Vaccine operations Central Provinces 1886-1899 - 1886-1899
Year: 1886
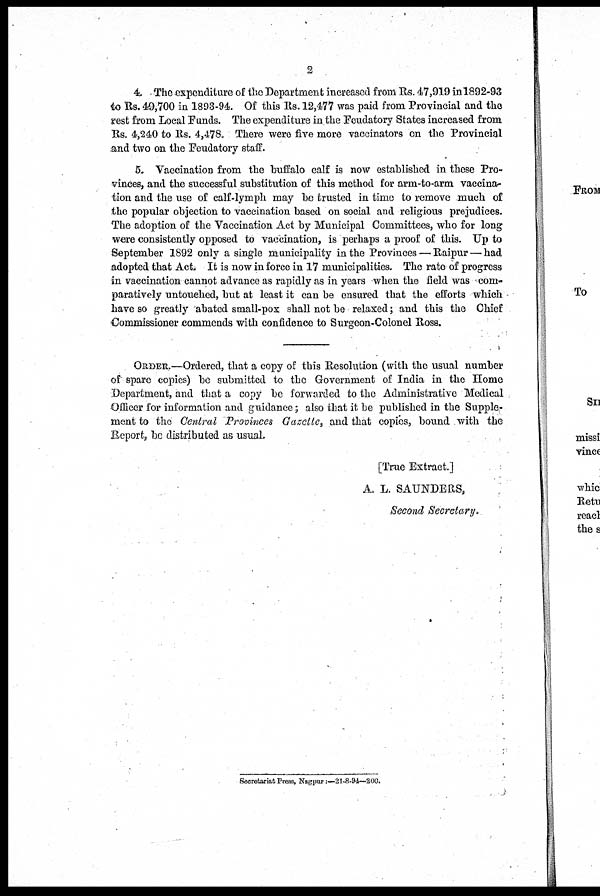
2
4. The expenditure of the Department increased from Rs. 47,919 in 1892-93
to Rs. 49,700 in 1893-94. Of this Rs. 12,477 was paid from Provincial and the
rest from Local Funds. The expenditure in the Feudatory States increased from
Rs. 4,240 to Rs. 4,478. There were five more vaccinators on the Provincial
and two on the Feudatory staff.
5. Vaccination from the buffalo calf is now established in these Pro-
vinces, and the successful substitution of this method for arm-to-arm vaccina-
tion and the use of calf-lymph may be trusted in time to remove much of
the popular objection to vaccination based on social and religious prejudices.
The adoption of the Vaccination Act by Municipal Committees, who for long
were consistently opposed to vaccination, is perhaps a proof of this. Up to
September 1892 only a single municipality in the Provinces — Raipur — had
adopted that Act. It is now in force in 17 municipalities. The rate of progress
in vaccination cannot advance as rapidly as in years when the field was com-
paratively untouched, but at least it can be ensured that the efforts which
have so greatly abated small-pox shall not be relaxed; and this the Chief
Commissioner commends with confidence to Surgeon-Colonel Ross.
ORDER.—Ordered, that a copy of this Resolution (with the usual number
of spare copies) be submitted to the Government of India in the Home
Department, and that a copy be forwarded to the Administrative Medical
Officer for information and guidance; also that it be published in the Supple-
ment to the Central Provinces Gazette, and that copies, bound with the
Report, be distributed as usual.
[True Extract.]
A. L. SAUNDERS,
Second Secretary.
Secretariat Press, Nagpur:—21-8-94—200.